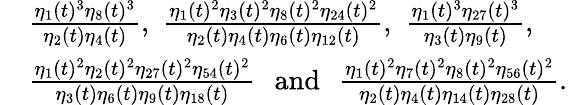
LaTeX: \begin{array}{rl}&{\frac{\eta_{1}(t)^{3}\eta_{8}(t)^{3}}{\eta_{2}(t)\eta_{4}(t)},\, \, \frac{\eta_{1}(t)^{2}\eta_{3}(t)^{2}\eta_{8}(t)^{2}\eta_{24}(t)^{2}}{\eta_{2}(t)\eta_{4}(t)\eta_{6}(t)\eta_{12}(t)},\, \, \frac{\eta_{1}(t)^{3}\eta_{27}(t)^{3}}{\eta_{3}(t)\eta_{9}(t)},}\\ &{\frac{\eta_{1}(t)^{2}\eta_{2}(t)^{2}\eta_{27}(t)^{2}\eta_{54}(t)^{2}}{\eta_{3}(t)\eta_{6}(t)\eta_{9}(t)\eta_{18}(t)}\, \, \, \, \mathrm{and}\, \, \, \, \frac{\eta_{1}(t)^{2}\eta_{7}(t)^{2}\eta_{8}(t)^{2}\eta_{56}(t)^{2}}{\eta_{2}(t)\eta_{4}(t)\eta_{14}(t)\eta_{28}(t)}.}\end{array}